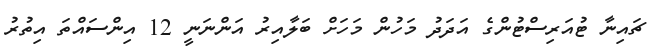
ޗައިނާ ޓުއަރިސްޓުންގެ އަދަދު މަހުން މަހަށް ބަލާއިރު އަންނަނީ 12 އިންސައްތަ އިތުރު